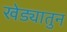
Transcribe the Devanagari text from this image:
खेड्यातुन